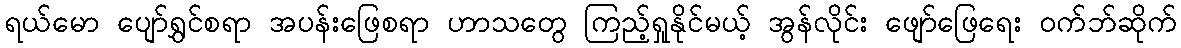
ရယ်မော ပျော်ရွှင်စရာ အပန်းဖြေစရာ ဟာသတွေ ကြည့်ရှုနိုင်မယ့် အွန်လိုင်း ဖျော်ဖြေရေး ၀က်ဘ်ဆိုက်